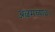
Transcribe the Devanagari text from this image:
अल्बमच्या३०